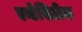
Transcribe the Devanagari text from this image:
एन्डेसिटीक